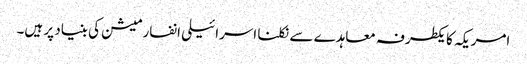
امریکہ کا یکطرفہ معاہدے سے نکلنا اسرائیلی انفارمیشن کی بنیاد پر ہیں۔